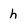
Character: h